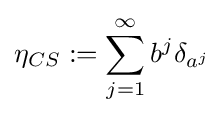
\eta _{CS}:=\sum _{j=1}^{\infty }b^{j}\delta _{a^{j}}